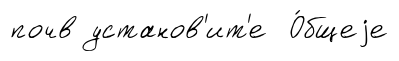
почв установ'ит'е О́бщеjе